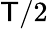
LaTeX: \mathsf{T}/2